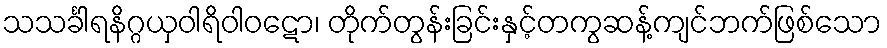
သသင်္ခါရနိဂ္ဂယှဝါရိဝါဝဋော၊ တိုက်တွန်းခြင်းနှင့်တကွဆန့်ကျင်ဘက်ဖြစ်သော